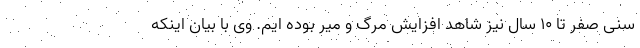
سنی صفر تا ۱۰ سال نیز شاهد افزایش مرگ و میر بوده ایم. وی با بیان اینکه